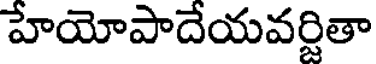
హేయోపాదేయవర్జితా